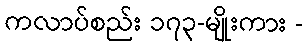
ကလာပ်စည်း ၁၇၃-မျိုးကား -